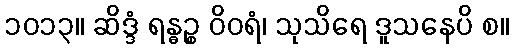
၁၀၁၃။ ဆိဒ္ဒံ ရန္ဓဉ္စ ဝိဝရံ၊ သုသိရေ ဒူသနေပိ စ။